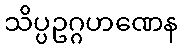
သိပ္ပဥဂ္ဂဟဏေန